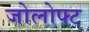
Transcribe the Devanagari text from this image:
जोलोफ्ट